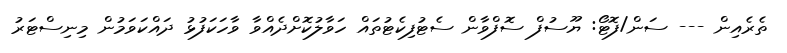
ތެރެއިން --- ސަން/ފޮޓޯ: ޔޫސުފް ސޮފްވާން ސެޓުފިކެޓުތައް ހަވާލުކޮށްދެއްވާ ވާހަކަފުޅު ދައްކަވަމުން މިނިސްޓަރު